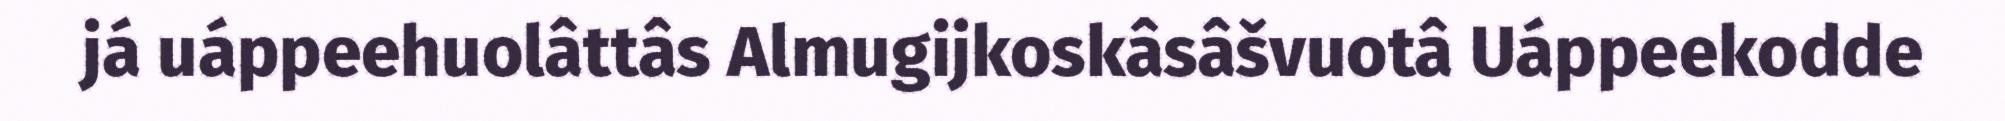
já uáppeehuolâttâs Almugijkoskâsâšvuotâ Uáppeekodde